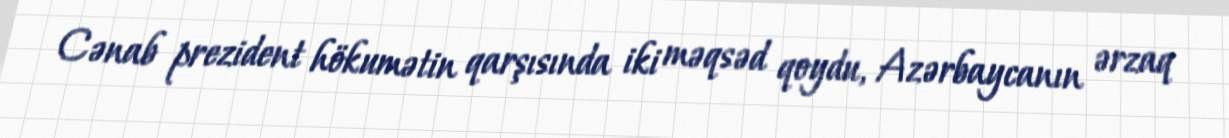
Cənab prezident hökumətin qarşısında iki məqsəd qoydu, Azərbaycanın ərzaq